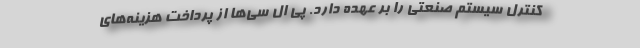
کنترل سیستم صنعتی را بر عهده دارد. پی ال سی‌­ها از پرداخت هزینه‌­های